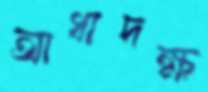
আধাদক্ষ